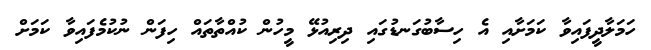
ހަމަލާދީފައިވާ ކަމަށާއި އެ ހިސާބުގަނޑުގައި ދިރިއުޅޭ މީހުން ކުއްތާތައް ހިފަން ނުކުމެފައިވާ ކަމަށް